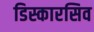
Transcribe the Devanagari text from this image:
डिस्कारसिव